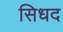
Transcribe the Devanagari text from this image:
सिधद